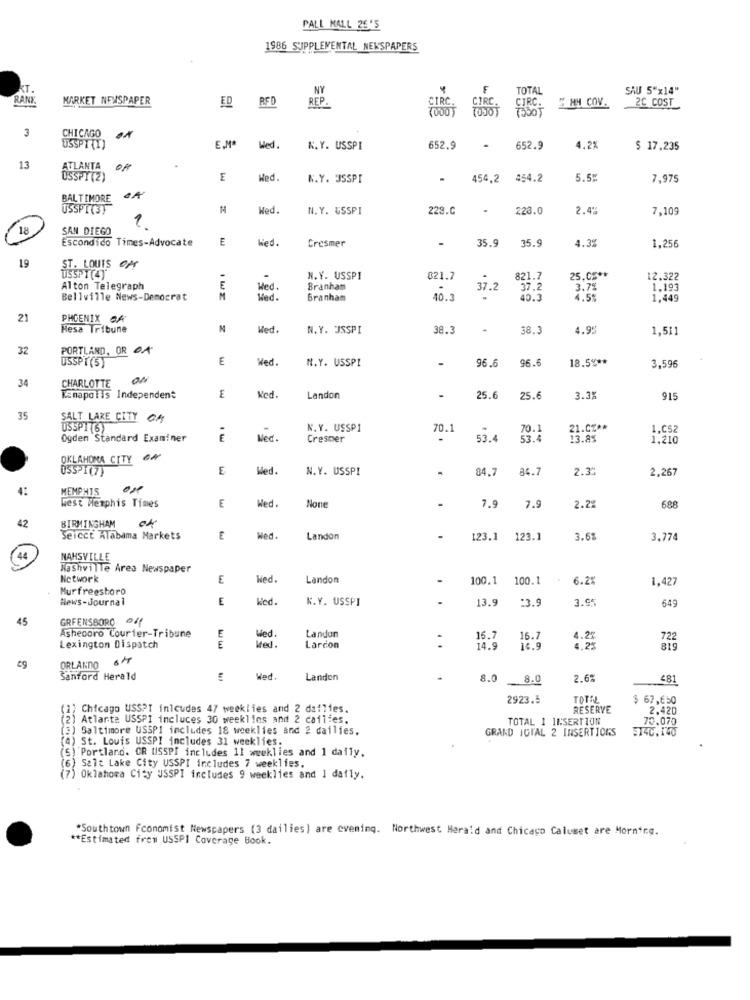
PALL MALL 26'5
1986 SUPPLEMENTAL NEWSPAPERS
TOTAL
SAU 5"x14"
RANK
MARKET NEWSPAPER
ED
REP .
S HH COV.
2C COST
RFD
CIRC.
3
CHICAGO
USSPT(I)
E.M
Wed.
K.Y. USSPI
652.9
652.9
4.2%
$ 17,235
13
ATLANTA
USSPY(2)
E
Hed
N.Y. 3SSPI
454.2 454.2
5.5%
7,975
BALTIMORE
USSPTIST
Hed.
N.Y. USSPI
229.C
223.0
2.4%
7,10
18
SAN DIEGO
Escondido Times-Advocate
E
Wed.
Cresmer
-
35.9
35.9
4.3%
1.256
19
ST. LOUIS OF
N.Y. USSPI
021.7
821.7
12.322
Alton Telegraph
E
Wed.
Branham
.
37.2
37.2
3.7%
1,193
Bellville News-Democrat
Hled.
Branham
40.3
40.
4.5%
1,449
21
PHOENIX OR
Mesa Tribune
N
Med.
N.Y. JSSPI
38.3
.
38.3
4.99
1,511
32
PORTLAND, OR 04
USSPT(5)
E
Wed.
N.Y. USSPI
-
96.6
96.6
18.5% **
3.596
CHARLOTTE
34
TEnapolis Independent
E
Ked.
Landon
-
25.6
25.6
3.3
915
35
SALT LAKE CITY
USSPT 6)
N.Y. USSP1
70.1
70.
21.CZ ..
1,052
Ogden Standard Examiner
Wed.
Crescer
53.4
53.
13.8%
1,210
OKLAHOMA CITY ON
OSSPI(7)
E
Wed.
N.Y. USSPI
84.7
84.7
2.30
2,267
MEMPHIS
west Memphis Times
E
Wed.
7.9
7.9
2.2
688
42
BIRMINGHAM
Seicct Alabama Markets
E
Wed.
Landon
123.1
123.1
3.6%
3.774
NAHSVILLE
Nashville Area Newspaper
Network
E
Wed.
Landon
100.1
100.1
6.2%
1,427
Murfreesboro
Hews- Journal
E
ked.
N.Y. USSPI
13.9
:3.9
3.9
649
45
GREENSBORO Of
Asheboro Courier-Tribune
E
Wed
Wed.
Landun
16.7
Lexington Dispatch
E
Larcon
:
14.9
819
ORLANDO
Sanford Herald
Wed.
Landen
8.0
8.0
2.6%
481
2923.5
TOTN
$ 67,650
2) Chicago USSPI inicudes 47 weeklies and 2 dailies.
RESERVE
2,420
) Atlanta USSPI incluces 30 weeklies and 2 cailies.
TOTAL 1 IN:SERTION
70.070
)Baltimore USSPI includes 18 weeklies and 2 dailies.
GRAND IGUAL 2 INSERTICKS
5140.140
(4) St. Louis USSPI includes 31 weeklies.
(S) Portland. CR USSPI includes 11 weeklies and 1 daily.
(6) Salt Lake City USSPI includes 7 weeklies.
(7) Oklahoma City USSPI includes 9 weeklies and 1 daily.
*Southtown Fconomist Newspapers (3 dailies) are evening. Northwest Herald and Chicago Calumet are Morning.
** Estimated from USSPI Coverage Book.